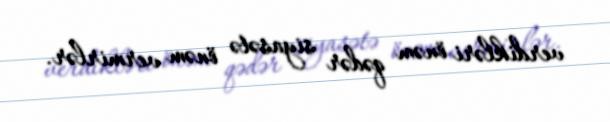
verdikləri önəm qədər siyasətə önəm vermirlər.